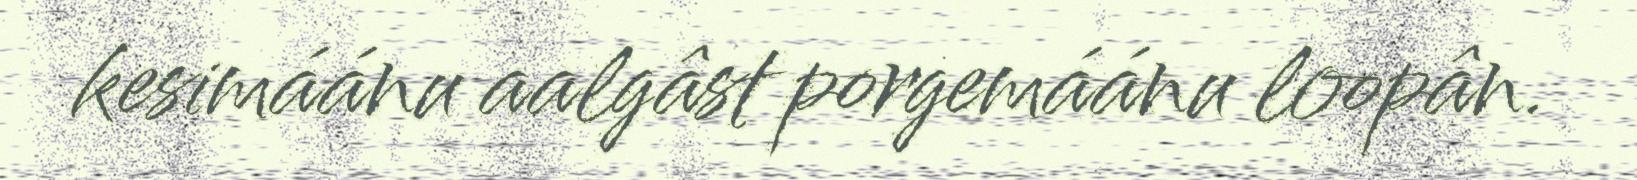
kesimáánu aalgâst porgemáánu loopân.